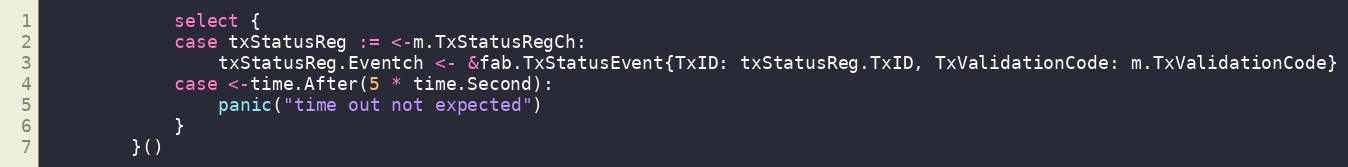
Language: Go
			select {
			case txStatusReg := <-m.TxStatusRegCh:
				txStatusReg.Eventch <- &fab.TxStatusEvent{TxID: txStatusReg.TxID, TxValidationCode: m.TxValidationCode}
			case <-time.After(5 * time.Second):
				panic("time out not expected")
			}
		}()